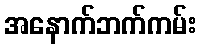
အနောက်ဘက်ကမ်း